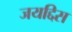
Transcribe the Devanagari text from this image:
जयद्दिस